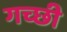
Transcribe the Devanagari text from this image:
गच्छी